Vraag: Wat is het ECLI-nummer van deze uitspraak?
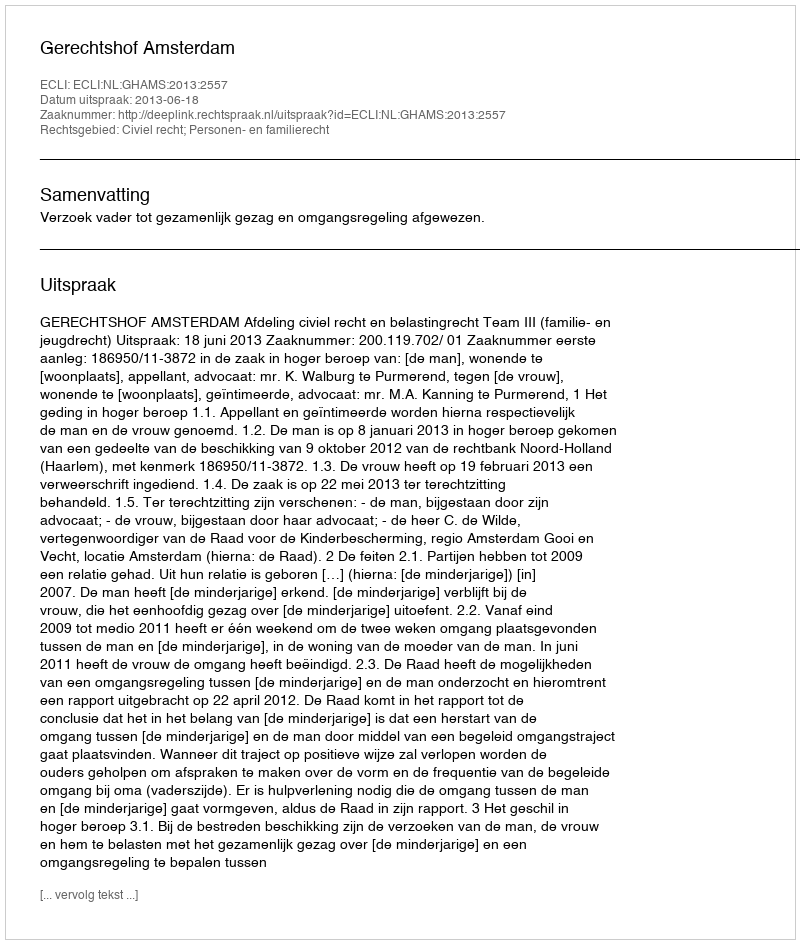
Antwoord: ECLI:NL:GHAMS:2013:2557